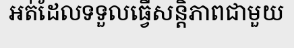
អត់ដែលទទួលធ្វើសន្តិភាពជាមួយ